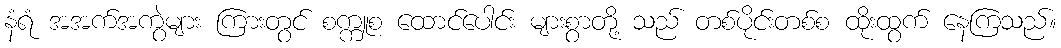
နံရံ အအက်အကွဲများ ကြားတွင် စက္ကူစ ထောင်ပေါင်း များစွာတို့ သည် တစ်ပိုင်းတစ်စ ထိုးထွက် နေကြသည်။